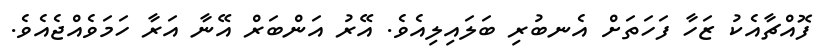
ފޮއްޗާއެކު ޒަހާ ފަހަތަށް އެނބުރި ބަލައިލިއެވެ. އޭރު އަންބަރް އޭނާ އަރާ ހަމަވެއްޖެއެވެ.